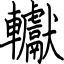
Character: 䡾